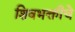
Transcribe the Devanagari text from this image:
शिवभक्तीचे